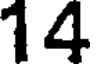
14